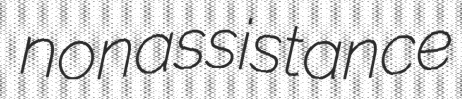
nonassistance